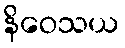
နိဝေသယ